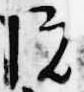
院